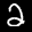
Label: 2